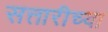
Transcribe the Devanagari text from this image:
सत्तारीच्या